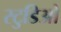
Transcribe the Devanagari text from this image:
स्टुडिओ